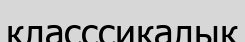
класссикалық